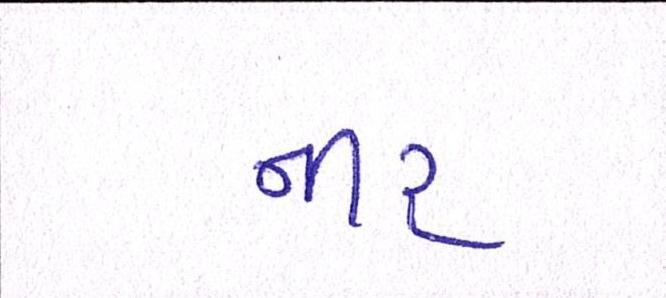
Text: નીર